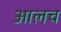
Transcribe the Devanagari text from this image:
आलच